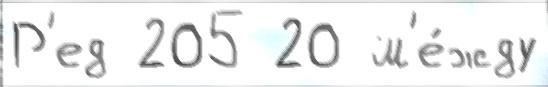
Р'ед 205 20 м'е́жду